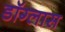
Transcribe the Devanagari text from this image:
डॉग्लास